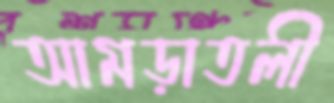
আমড়াতলী